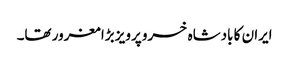
ایران کا بادشاہ خسرو پرویز بڑا مغرور تھا۔